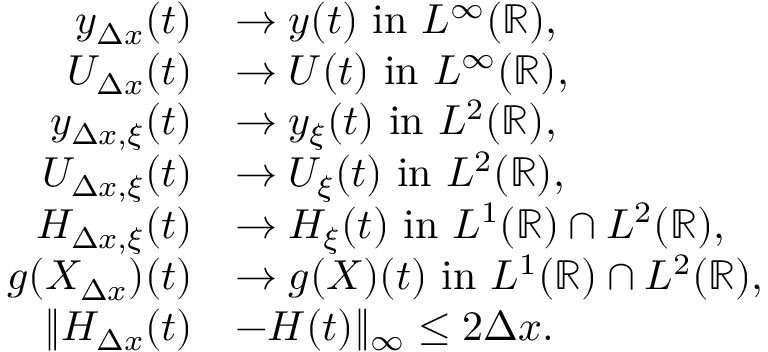
\begin{array} { r l } { y _ { \Delta x } ( t ) } & { \rightarrow y ( t ) \mathrm { ~ i n ~ } L ^ { \infty } ( \mathbb { R } ) , } \\ { U _ { \Delta x } ( t ) } & { \rightarrow U ( t ) \mathrm { ~ i n ~ } L ^ { \infty } ( \mathbb { R } ) , } \\ { y _ { \Delta x , \xi } ( t ) } & { \rightarrow y _ { \xi } ( t ) \mathrm { ~ i n ~ } L ^ { 2 } ( \mathbb { R } ) , } \\ { U _ { \Delta x , \xi } ( t ) } & { \rightarrow U _ { \xi } ( t ) \mathrm { ~ i n ~ } L ^ { 2 } ( \mathbb { R } ) , } \\ { H _ { \Delta x , \xi } ( t ) } & { \rightarrow H _ { \xi } ( t ) \mathrm { ~ i n ~ } L ^ { 1 } ( \mathbb { R } ) \cap L ^ { 2 } ( \mathbb { R } ) , } \\ { g ( X _ { \Delta x } ) ( t ) } & { \rightarrow g ( X ) ( t ) \mathrm { ~ i n ~ } L ^ { 1 } ( \mathbb { R } ) \cap L ^ { 2 } ( \mathbb { R } ) , } \\ { \| H _ { \Delta x } ( t ) } & { - H ( t ) \| _ { \infty } \leq 2 \Delta x . } \end{array}